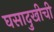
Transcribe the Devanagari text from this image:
घसादुखीची